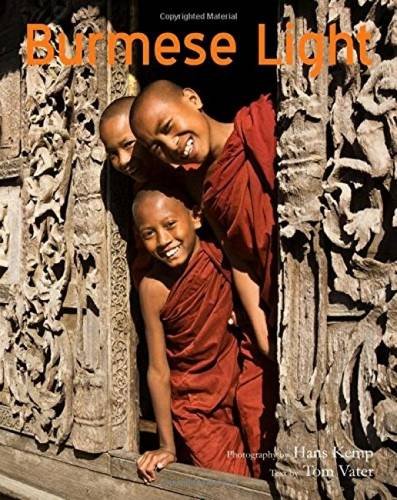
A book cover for Burmese Light: Impressions of the Golden Land (Burma - Myanmar); Tom Vater; Travel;